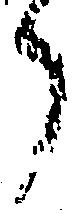
了